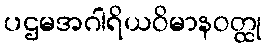
ပဌမအဂါရိယဝိမာနဝတ္ထု